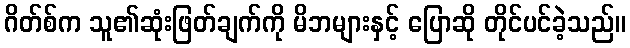
ဂိတ်စ်က သူ၏ဆုံးဖြတ်ချက်ကို မိဘများနှင့် ပြောဆို တိုင်ပင်ခဲ့သည်။